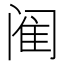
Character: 𫔴